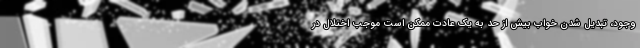
وجود، تبدیل شدن خواب بیش از حد به یک عادت ممکن است موجب اختلال در